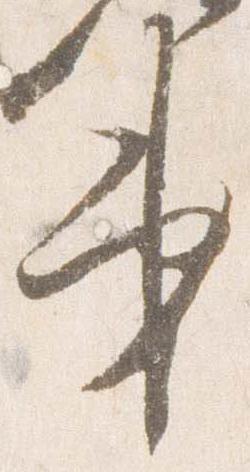
第